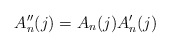
\begin{align*} A''_n(j) = A_n(j) A'_n(j)\end{align*}